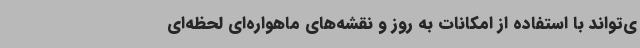
ی‌تواند با استفاده از امکانات به روز و نقشه‌های ماهواره‌ای لحظه‌ای